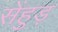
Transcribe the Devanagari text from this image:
सेंहुड़